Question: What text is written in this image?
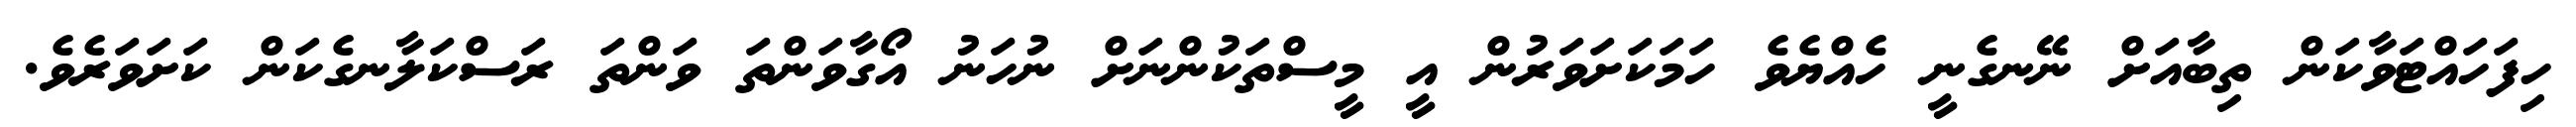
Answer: ހިފަހައްޓަވާކަން ތިބާއަށް ނޭނގެނީ ހެއްޔެވެ ހަމަކަށަވަރުން އީ މީސްތަކުންނަށް ނުހަނު އޯގާވަންތަ ވަންތަ ރަސްކަލާނގެކަން ކަށަވަރެވެ.